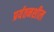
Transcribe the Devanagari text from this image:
प्रर्यतनशील